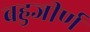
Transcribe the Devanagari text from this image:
बहुजीर्ण